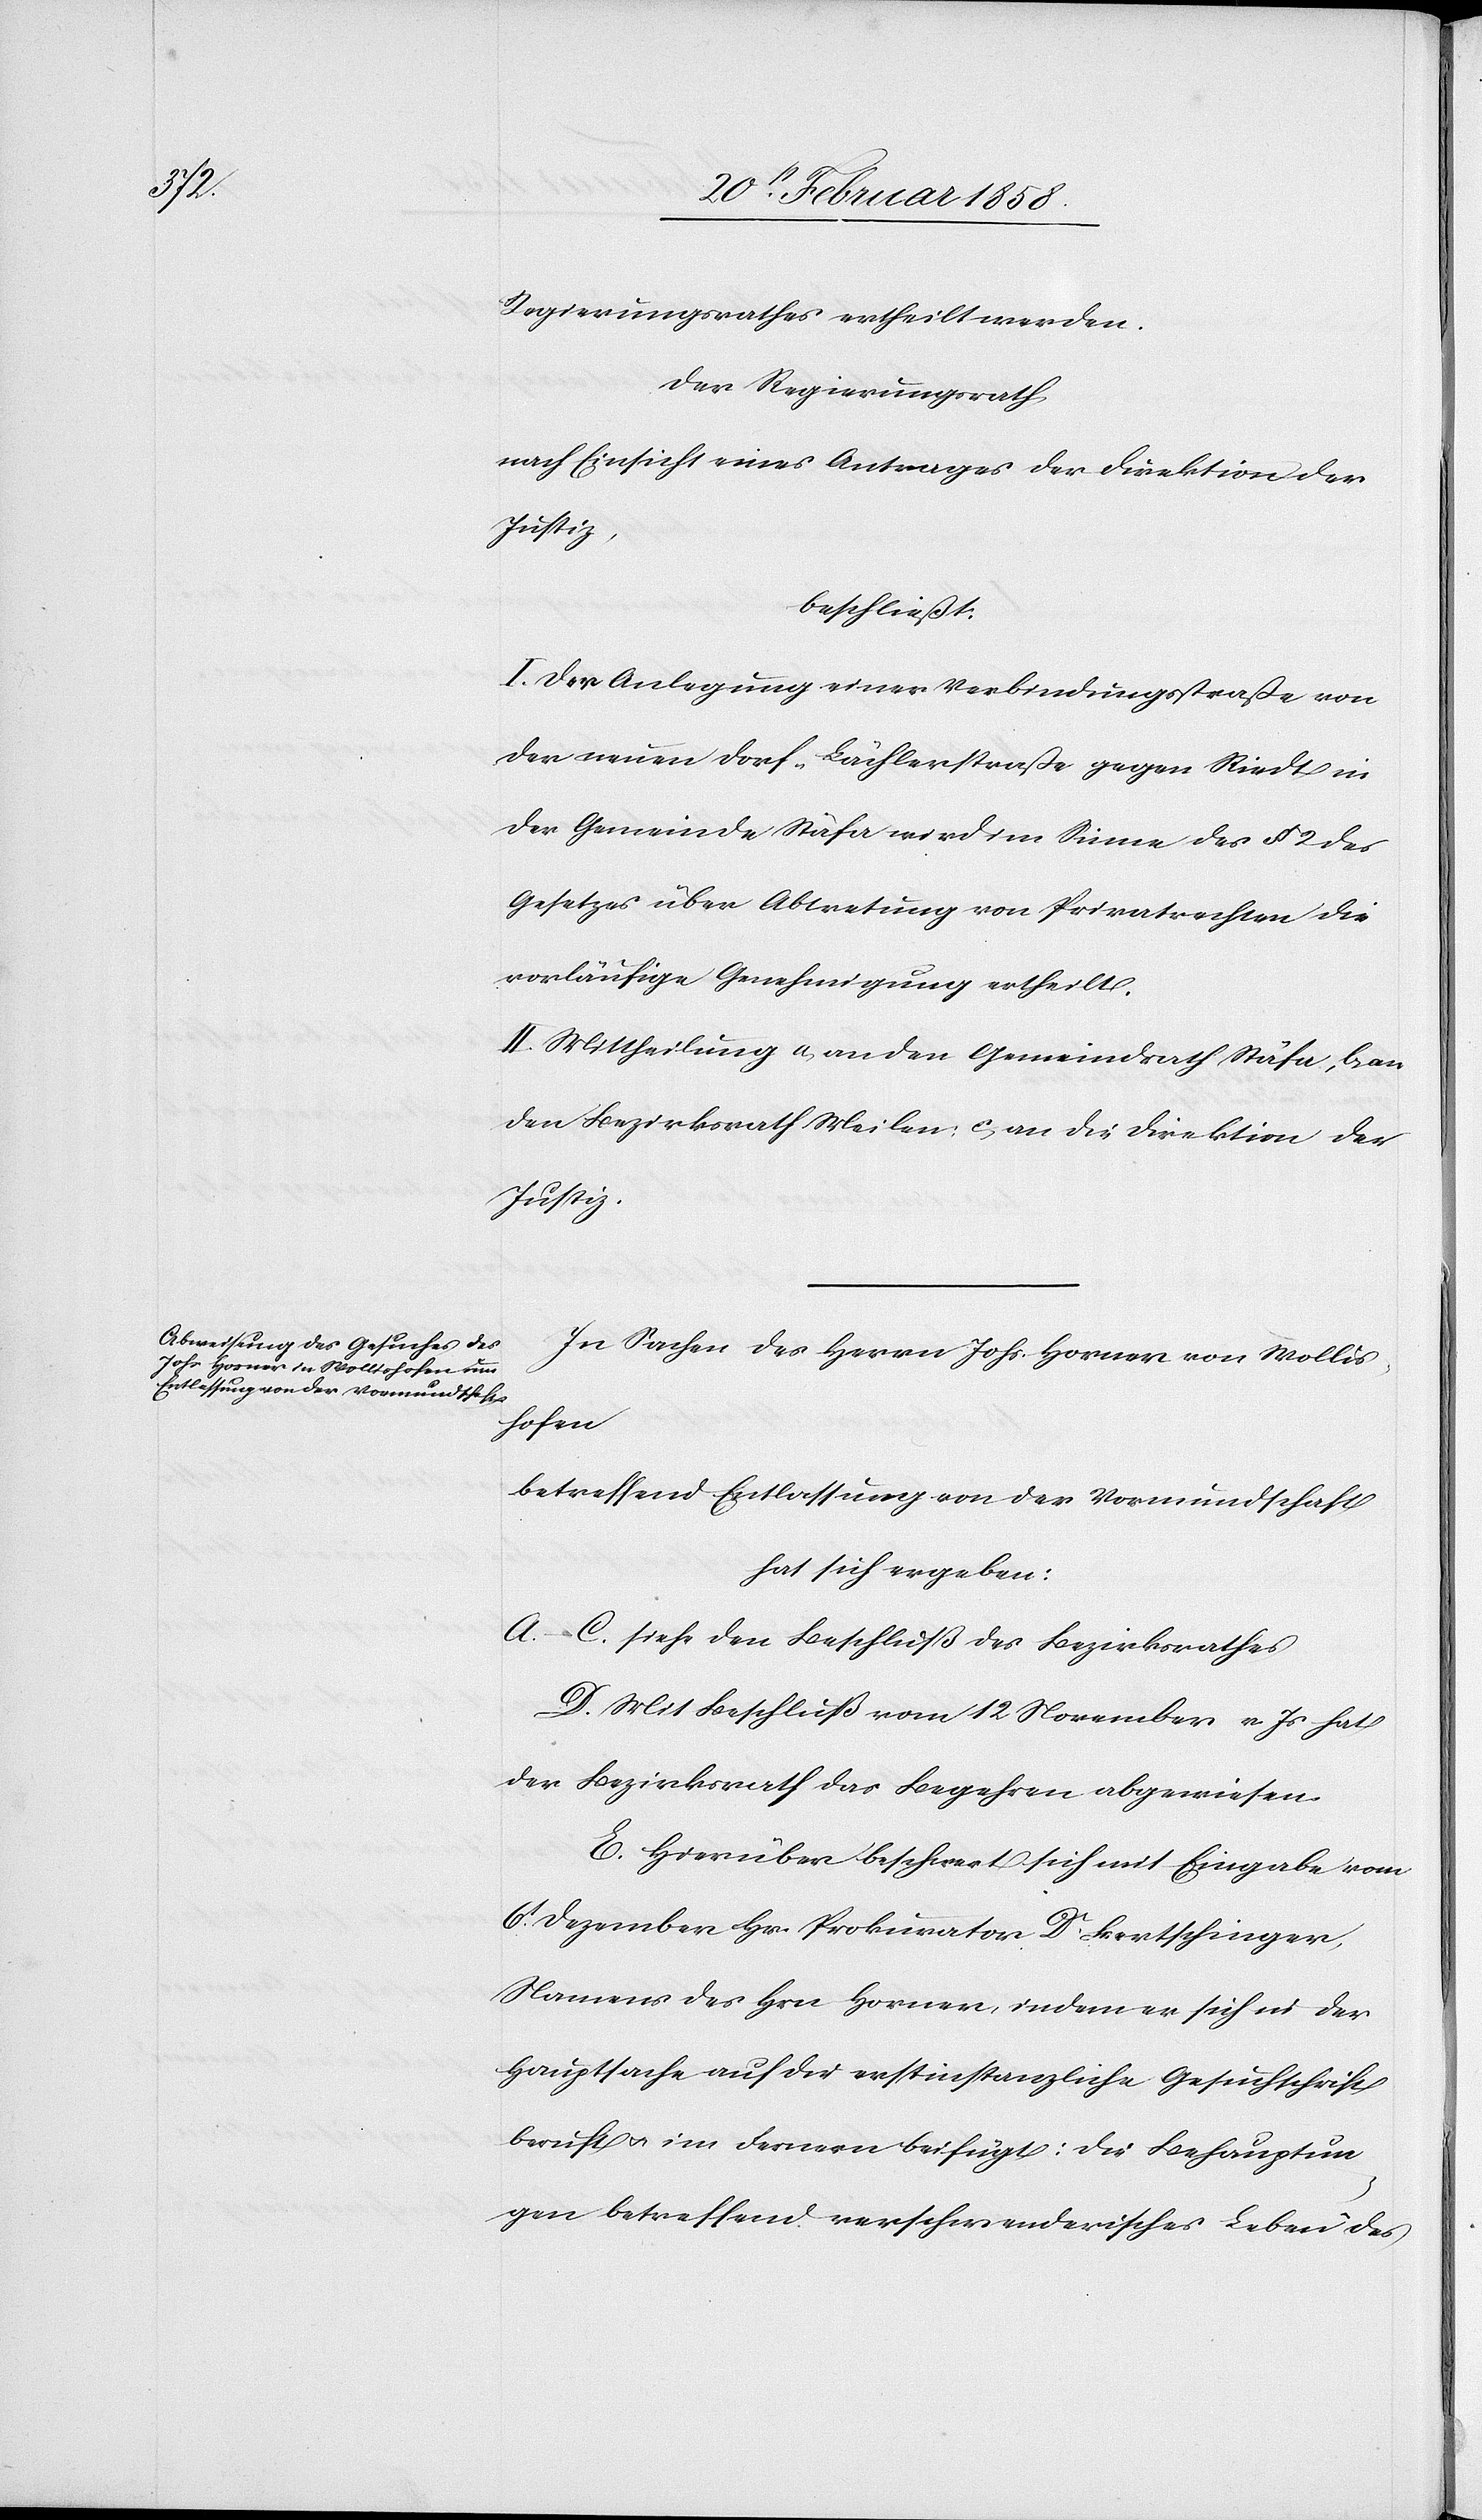
Regierungsrathes ertheilt werden.
Der Regierungsrath,
nach Einsicht eines Antrages der Direktion der
Justiz,
beschließt:
I. Der Anlegung einer Verbindungsstraße von
der neuen Dorf-Bächlerstraße gegen Riedt in
der Gemeinde Stäfa wird im Sinne des § 2 des
Gesetzes über Abtretung von Privatrechten die
vorläufige Genehmigung ertheilt.
II. Mittheilung a. an den Gemeindrath Stäfa, b. an
den Bezirksrath Meilen, c. an die Direktion der
Justiz.
In Sachen des Herrn Johs. Horner von Wollis¬
hofen
betreffend Entlassung von der Vormundschaft
hat sich ergeben:
A.–C. siehe den Beschluß des Bezirksrathes.
D. Mit Beschluß vom 12 November v. Js. hat
der Bezirksrath das Begehren abgewiesen.
E. Hierüber beschwert sich mit Eingabe vom
6t Dezember Hr. Prokurator Dr Bertschinger,
Namens des Hrn. Horner, indem er sich in der
Hauptsache auf die erstinstanzliche Gesuchschrift
beruft u. im Fernern beifügt: Die Behauptun¬
gen betreffend verschwenderisches Leben des